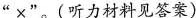
”×”。(听力材料见答案)